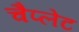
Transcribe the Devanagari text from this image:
चैप्लेट